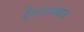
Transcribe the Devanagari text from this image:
वेंमनाक्कल